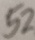
5 2